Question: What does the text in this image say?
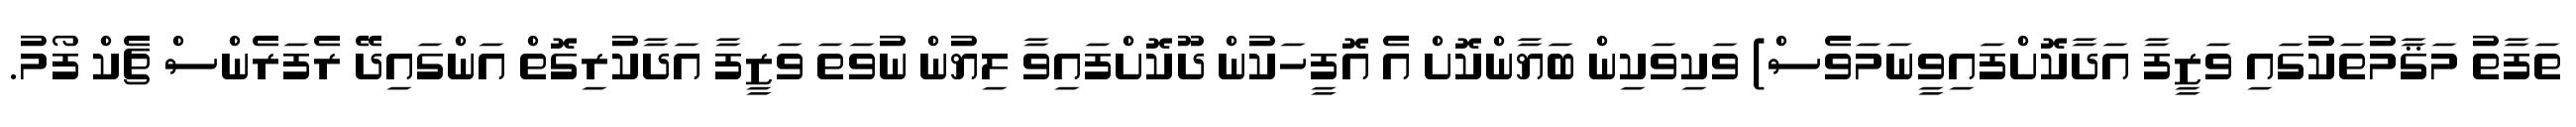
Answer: ތަފާތު މަޤާމުތަކުގައި ވަޒީފާ އަދާކޮށްފައިވީނަމަވެސް) ވަކިވަކިން ބަޔާންކޮށް އެ އޮފީހަކުން ދޫކޮށްފައިވާ ލިޔުން ނުވަތަ ވަޒީފާ އަދާކުރިގޮތް އަންގައިދޭ ރެފަރެންސް ޗެކް ފޯމު.